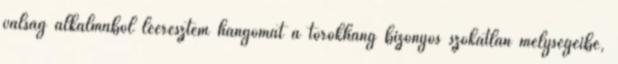
válság alkalmából leeresztem hangomat a torokhang bizonyos szokatlan mélységeibe,